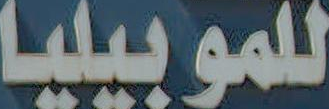
للموبيليا